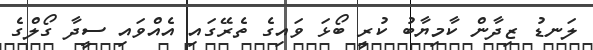
ލަނޑު ޒިދާން ކާމިޔާބު ކުރީ ބޯޅަ ވައިގެ ތެރޭގައި އެއްވައި ސީދާ ގޯލްގެ